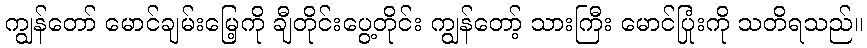
ကျွန်တော် မောင်ချမ်းမြေ့ကို ချီတိုင်းပွေ့တိုင်း ကျွန်တော့် သားကြီး မောင်ပြုံးကို သတိရသည်။